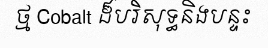
ថ្ម Cobalt ដ៏បរិសុទ្ធនិងបន្ទះ